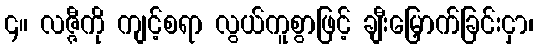
၄။ လဇ္ဇီကို ကျင့်စရာ လွယ်ကူစွာဖြင့် ချီးမြှောက်ခြင်းငှာ၊